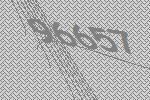
96657